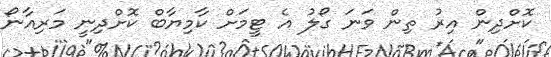
ކޮށްދިން އިރު ތިން ވަނަ ގޯލު އެ ޓީމަށް ކާމިޔާބް ކޮށްދިނީ މަރިއާނޯ